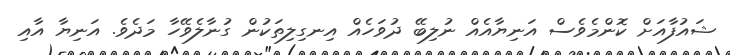
ޝައުފާއަށް ކޮންމެވެސް އަނިޔާއެއް ނުލިބޭ ދުވަހެއް އިނގިލިތަކުން ގުނާލެވޭހާ މަދެވެ. އަނިޔާ އާއި